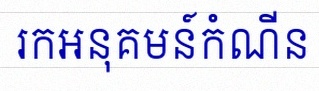
រកអនុគមន៍កំណើន